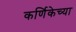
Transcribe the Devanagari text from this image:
कर्णिकेच्या